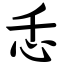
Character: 忎